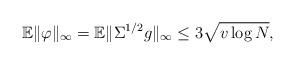
LaTeX: \begin{align*}\mathbb{E}\|\varphi\|_\infty=\mathbb{E}\|\Sigma^{1/2}g\|_\infty\leq3\sqrt{v\log N},\end{align*}